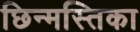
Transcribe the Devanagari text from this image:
छिन्मस्तिका